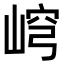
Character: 𡸕